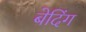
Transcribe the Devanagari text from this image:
बेदिंग